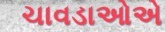
ચાવડાઓએ